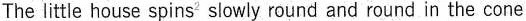
The little house spins^{2} slowly round and round in the cone